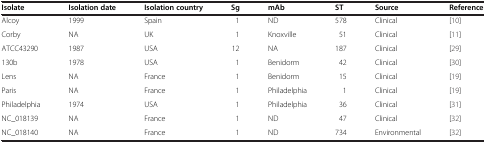
| Isolate | Isolation date | Isolation country | Sg | mAb | ST | Source | Reference |
 | --- | --- | --- | --- | --- | --- | --- | --- |
 | Alcoy | 1999 | Spain | 1 | ND | 578 | Clinical | [10] |
 | Corby | NA | UK | 1 | Knoxville | 51 | Clinical | [11] |
 | ATCC43290 | 1987 | USA | 12 | NA | 187 | Clinical | [29] |
 | 130b | 1978 | USA | 1 | Benidorm | 42 | Clinical | [30] |
 | Lens | NA | France | 1 | Benidorm | 15 | Clinical | [19] |
 | Paris | NA | France | 1 | Philadelphia | 1 | Clinical | [19] |
 | Philadelphia | 1974 | USA | 1 | Philadelphia | 36 | Clinical | [31] |
 | NC_018139 | NA | France | 1 | ND | 47 | Clinical | [32] |
 | NC_018140 | NA | France | 1 | ND | 734 | Environmental | [32] |